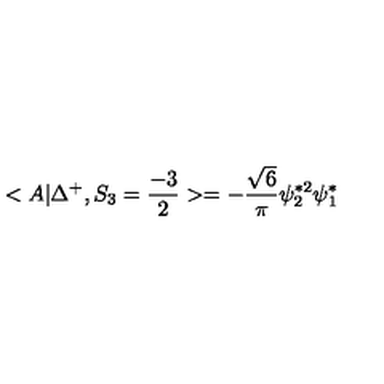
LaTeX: < A | \Delta ^ { + } , S _ { 3 } = \frac { - 3 } { 2 } > = - \frac { \sqrt { 6 } } { \pi } \psi _ { 2 } ^ { * 2 } \psi _ { 1 } ^ { * }